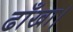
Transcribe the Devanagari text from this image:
ढाँखा।